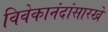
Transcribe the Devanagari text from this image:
विवेकानंदांसारखे